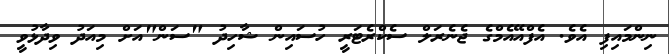
ނިންމައިފި އެވެ. އެފްއޭއެމްގެ ޖެނެރަލް ސެކްރެޓަރީ ހުސައިން ޝާހިދު "ސަން"އަށް މިއަދު ވިދާޅުވީ